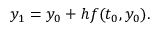
y _ { 1 } = y _ { 0 } + h f ( t _ { 0 } , y _ { 0 } ) . \quad